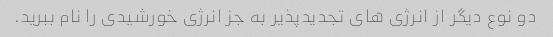
دو نوع دیگر از انرژی های تجدیدپذیر به جز انرژی خورشیدی را نام ببرید.